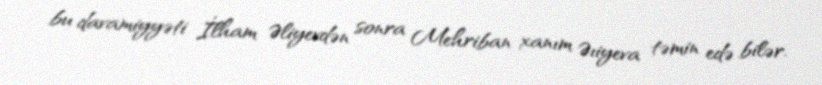
bu davamiyyəti İlham Əliyevdən sonra Mehriban xanım Əıiyeva təmin edə bilər.